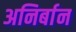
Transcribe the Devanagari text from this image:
अनिर्बान